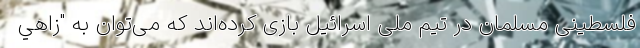
فلسطینی مسلمان در تیم ملی اسرائیل بازی کرده‌اند که می‌توان به "زاهي